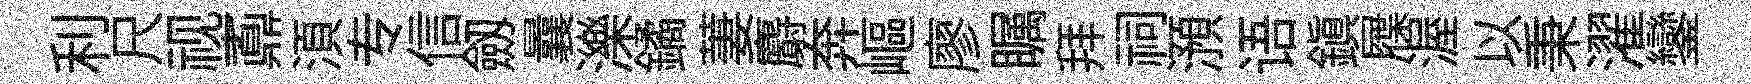
利尺视鼒湏专信劔曩濼鐍萋麝奔嶇廖瞩拜祠澦语鎭屧渥以秉濯鑾